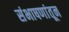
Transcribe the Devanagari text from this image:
संभाषणांतून